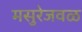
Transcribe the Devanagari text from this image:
मसुरेजवळ